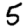
Digit: 5